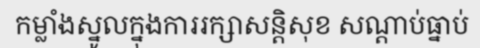
កម្លាំងស្នូលក្នុងការរក្សាសន្តិសុខ សណ្តាប់ធ្នាប់